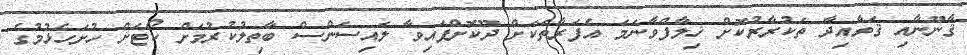
ޤާނޫނާއި ޤަވާއިދާ ތަކުރާރުކޮށް ޚިލާފްވާނަމަ އެފަރާތަކަށް ދޫކޮށްފައިވާ ލައިސަންސް ބާތިލުކުރުމަށް ކޯޓަށް ހުށަހެޅުމުގެ